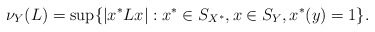
\begin{align*}\nu_Y(L) = \sup \{ |x^*Lx| : x^* \in S_{X^*}, x \in S_Y, x^*(y)=1\}.\end{align*}